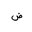
Letter: _dad